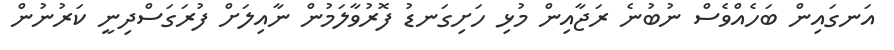
އަނގައިން ބަހެއްވެސް ނުބުނެ ރަޖާއިން މުޅި ހަށިގަނޑު ފޮރުވާލަމުން ނާއިލަށް ފުރަގަސްދިނީ ކަރުނުން